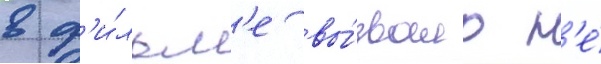
в ф'и́льм'е вы́звало н'е́